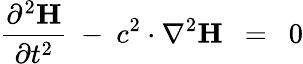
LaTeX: {\frac{\partial^{2}\mathbf{H}}{\partial t^{2}}}\ -\ c^{2}\cdot\nabla^{2}\mathbf{H}\ \ =\ \ 0